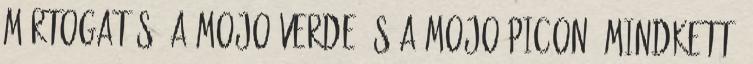
mártogatós, a Mojo Verde és a Mojo Picon. Mindkettő